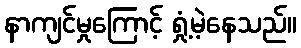
နာကျင်မှုကြောင့် ရှုံ့မဲ့နေသည်။